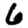
Digit: 6